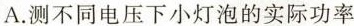
A.测不同电压下小灯泡的实际功率